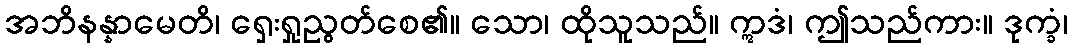
အဘိနန္နာမေတိ၊ ရှေးရှုညွတ်စေ၏။ သော၊ ထိုသူသည်။ ဣဒံ၊ ဤသည်ကား။ ဒုက္ခံ၊